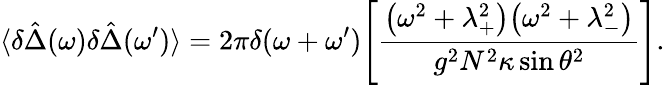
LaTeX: \langle\delta\hat{\Delta}(\omega)\delta\hat{\Delta}(\omega^{\prime})\rangle=2\pi\delta(\omega+\omega^{\prime})\Bigg[\frac{\big(\omega^{2}+\lambda_{+}^{2}\big)\big(\omega^{2}+\lambda_{-}^{2}\big)}{g^{2}N^{2}\kappa\sin\theta^{2}}\Bigg].